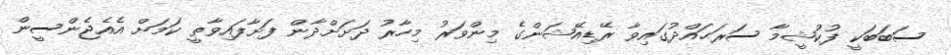
ސަބަބަކީ ފުކުޝީމާ ސަރަޙައްދުގައިވާ ރޭޑިއޭޝަންގެ މިންވަރު މިހާރު ދަށަށްދާން ފަށާފައިވާތީ ކަމަށް އެއެޖެންސީން